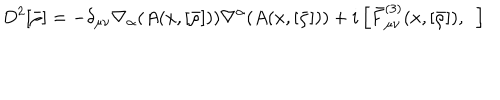
LaTeX: D ^ { 2 } [ \bar { \rho } ] = - \delta _ { \mu \nu } \nabla _ { \alpha } ( A ( x , [ \bar { \rho } ] ) ) \nabla ^ { \alpha } ( A ( x , [ \bar { \rho } ] ) ) + i \left[ { \bar { F } } _ { \mu \nu } ^ { ( 3 ) } ( x , [ \bar { \rho } ] ) , ~ ~ \right]